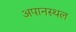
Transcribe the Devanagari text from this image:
अपानस्थल